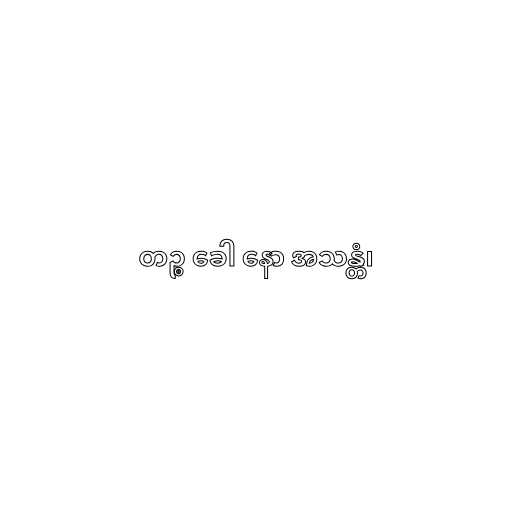
တဉ္စ ခေါ နော အသန္တံ၊